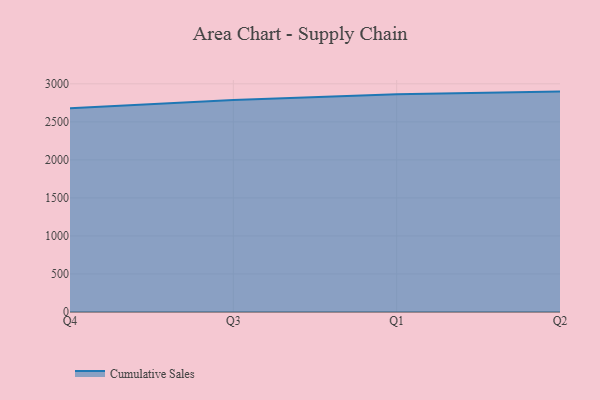
{"axis": {"x": "Quarter", "y": "Demand Index"}, "legend": ["Cumulative Sales"], "data": [{"x": "Q4", "y": 2678.8, "type": "Cumulative Sales"}, {"x": "Q3", "y": 2787.8, "type": "Cumulative Sales"}, {"x": "Q1", "y": 2863.3, "type": "Cumulative Sales"}, {"x": "Q2", "y": 2897.7, "type": "Cumulative Sales"}]}